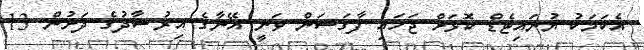
އެކަމަކު ޔުނައިޓެޑް ކޮޅަށް ޖަހައި ފާގަސަން ވަނީ އޭނާގެ އިރުޝާދުގެ ދަށުން 13